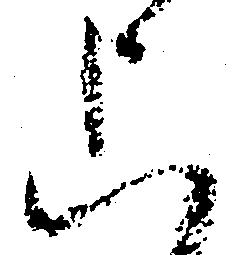
上